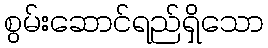
စွမ်းဆောင်ရည်ရှိသော